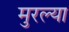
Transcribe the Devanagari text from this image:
मुरल्या